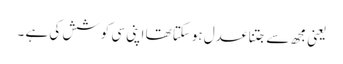
یعنی مجھ سے جتنا عدل ہوسکتا تھا اپنی سی کوشش کی ہے ۔